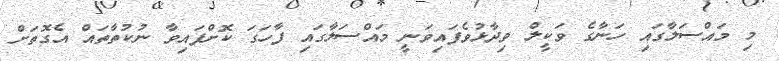
މި މައްސަލާގައި ހަނާގެ ވަކީލް ވިދާޅުވެފައިވަނީ މައްސަލާގައި ފާހަގަ ކޮށްފައިވާ ނުކުތާތައް އެގޮތަށް